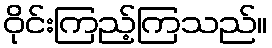
ဝိုင်းကြည့်ကြသည်။